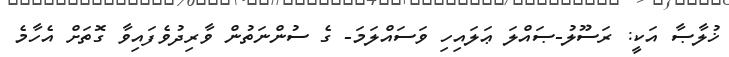
ޚުލާޞާ އަކީ: ރަސޫލު-ޞައްލަ ޢަލައިހި ވަސައްލަމަ- ގެ ސުންނަތުން ވާރިދުވެފައިވާ ގޮތަށް އެހާމެ